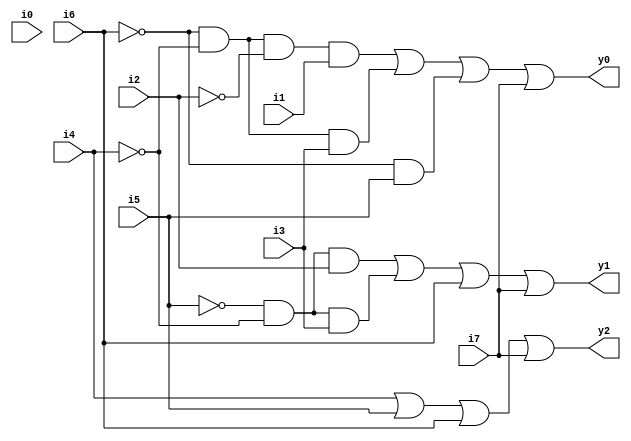
module pe_8(i0,i1,i2,i3,i4,i5,i6,i7,y0,y1,y2);
    input i0,i1,i2,i3,i4,i5,i6,i7;
    output y0,y1,y2;
    
    assign y2 = i4 | i5 | i6 | i7;
    assign y1 = ~i5 & ~i4 & i2 | ~i5 & ~i4 & i3 | i6 | i7;
    assign y0 = ~i6 & ~i4 & ~i2 & i1 | ~i6 & ~i4 & i3 | ~i6 & i5 | i7;
endmodule